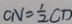
C N = \frac { 1 } { 2 } C D